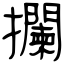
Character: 攔